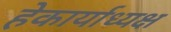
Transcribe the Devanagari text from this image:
हेकार्याध्यक्ष